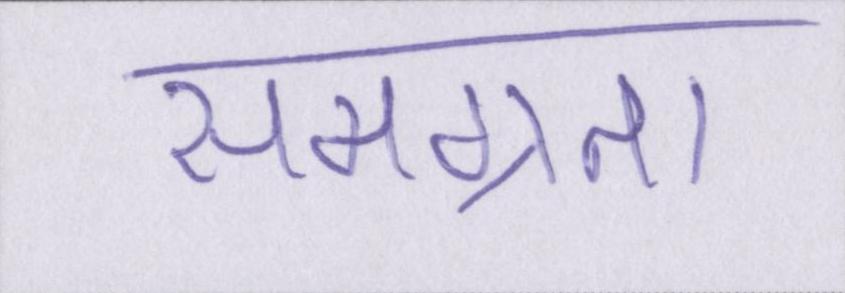
समग्रता